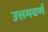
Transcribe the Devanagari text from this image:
उत्तमवर्ण